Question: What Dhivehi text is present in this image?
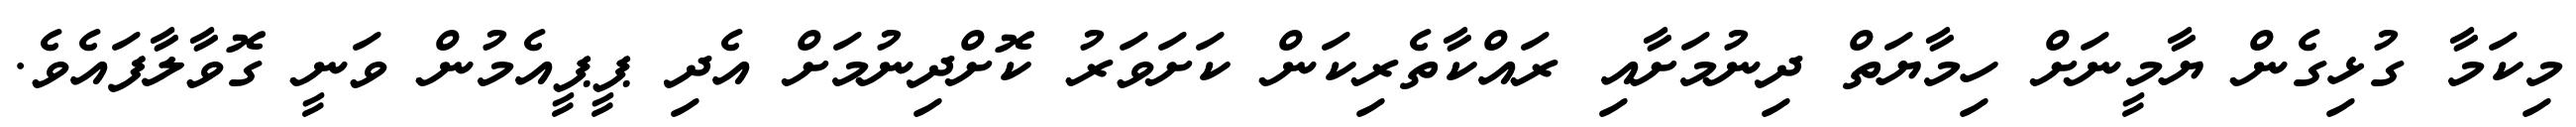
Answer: މިކަމާ ގުޅިގެން ޔާމީނަށް ހިމާޔަތް ދިނުމަށާއި ރައްކާތެރިކަން ކަށަވަރު ކޮށްދިނުމަށް އެދި ޕީޕީއެމުން ވަނީ ގޮވާލާފައެވެ.